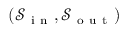
( \mathcal { S } _ { \mathrm { ~ i ~ n ~ } } , \mathcal { S } _ { \mathrm { ~ o ~ u ~ t ~ } } )